Document type: Sale
Year: 1451
Scribe: [Unknown]
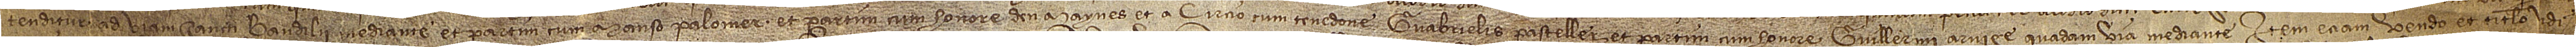
tenditur ad viam Sancti Baudilii mediante, et partim cum Manso Palomer et partim cum honore d’en Maynes; et a circio cum tenedone Gaubrielis Pasteller et partim cum honore Guillermi Aruige, quadam via mediante. Item, etiam vendo et titulo v[en]di-